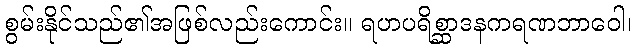
စွမ်းနိုင်သည်၏အဖြစ်လည်းကောင်း။ ရဟပရိစ္ဆာဒနကရဏဘာဝေါ၊